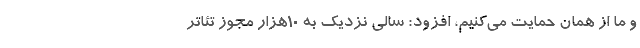
و ما از همان حمایت می‌کنیم، افزود: سالی نزدیک به ۱۰هزار مجوز تئاتر